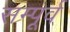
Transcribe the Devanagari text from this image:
सम्पूर्व